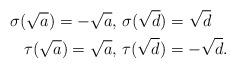
LaTeX: \begin{align*} \sigma(\sqrt{a})=-\sqrt{a},\ &\sigma(\sqrt{d})=\sqrt{d}\\ \tau(\sqrt{a})=\sqrt{a},\ &\tau(\sqrt{d})=-\sqrt{d}.\end{align*}